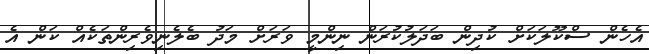
އެހެން ސްކޫލަކަށް ކުދިން ބަދަލުކުރަން ނިންމީ ވަރަށް މަދު ބެލެނިވެރިންތަކެއް ކަން އެ